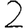
Digit: 2